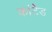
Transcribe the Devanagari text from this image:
कांटेड